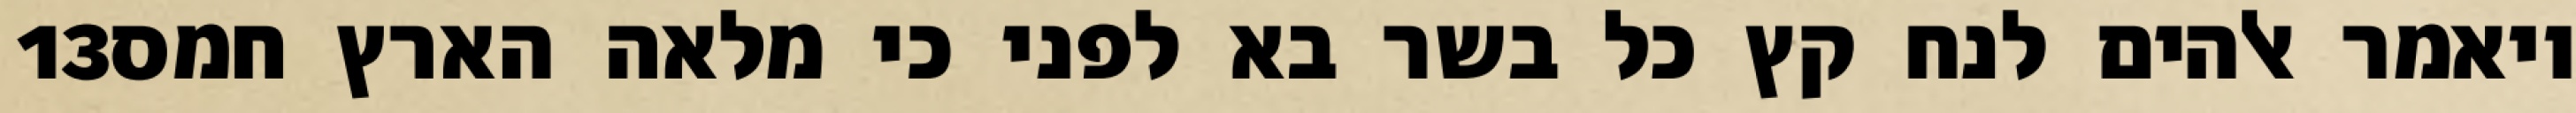
‎13‏ ויאמר אלהים לנח קץ כל בשר בא לפני כי מלאה הארץ חמס